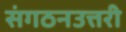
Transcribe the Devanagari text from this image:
संगठनउत्तरी